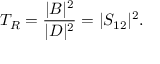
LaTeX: T _ { R } = { \frac { | B | ^ { 2 } } { | D | ^ { 2 } } } = | S _ { 1 2 } | ^ { 2 } .